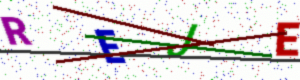
Text: REJE